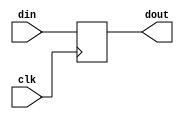
module single_register(
	input din,
	input clk,
	output reg dout
);


	always @ (posedge clk)begin
		dout = din;
	end

endmodule